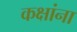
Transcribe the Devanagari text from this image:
कक्षांना